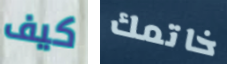
كيف خاتمك